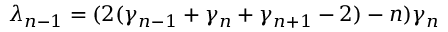
\lambda _ { n - 1 } = ( 2 ( \gamma _ { n - 1 } + \gamma _ { n } + \gamma _ { n + 1 } - 2 ) - n ) \gamma _ { n }